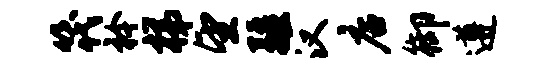
筏衿梯望疆汉店御遵